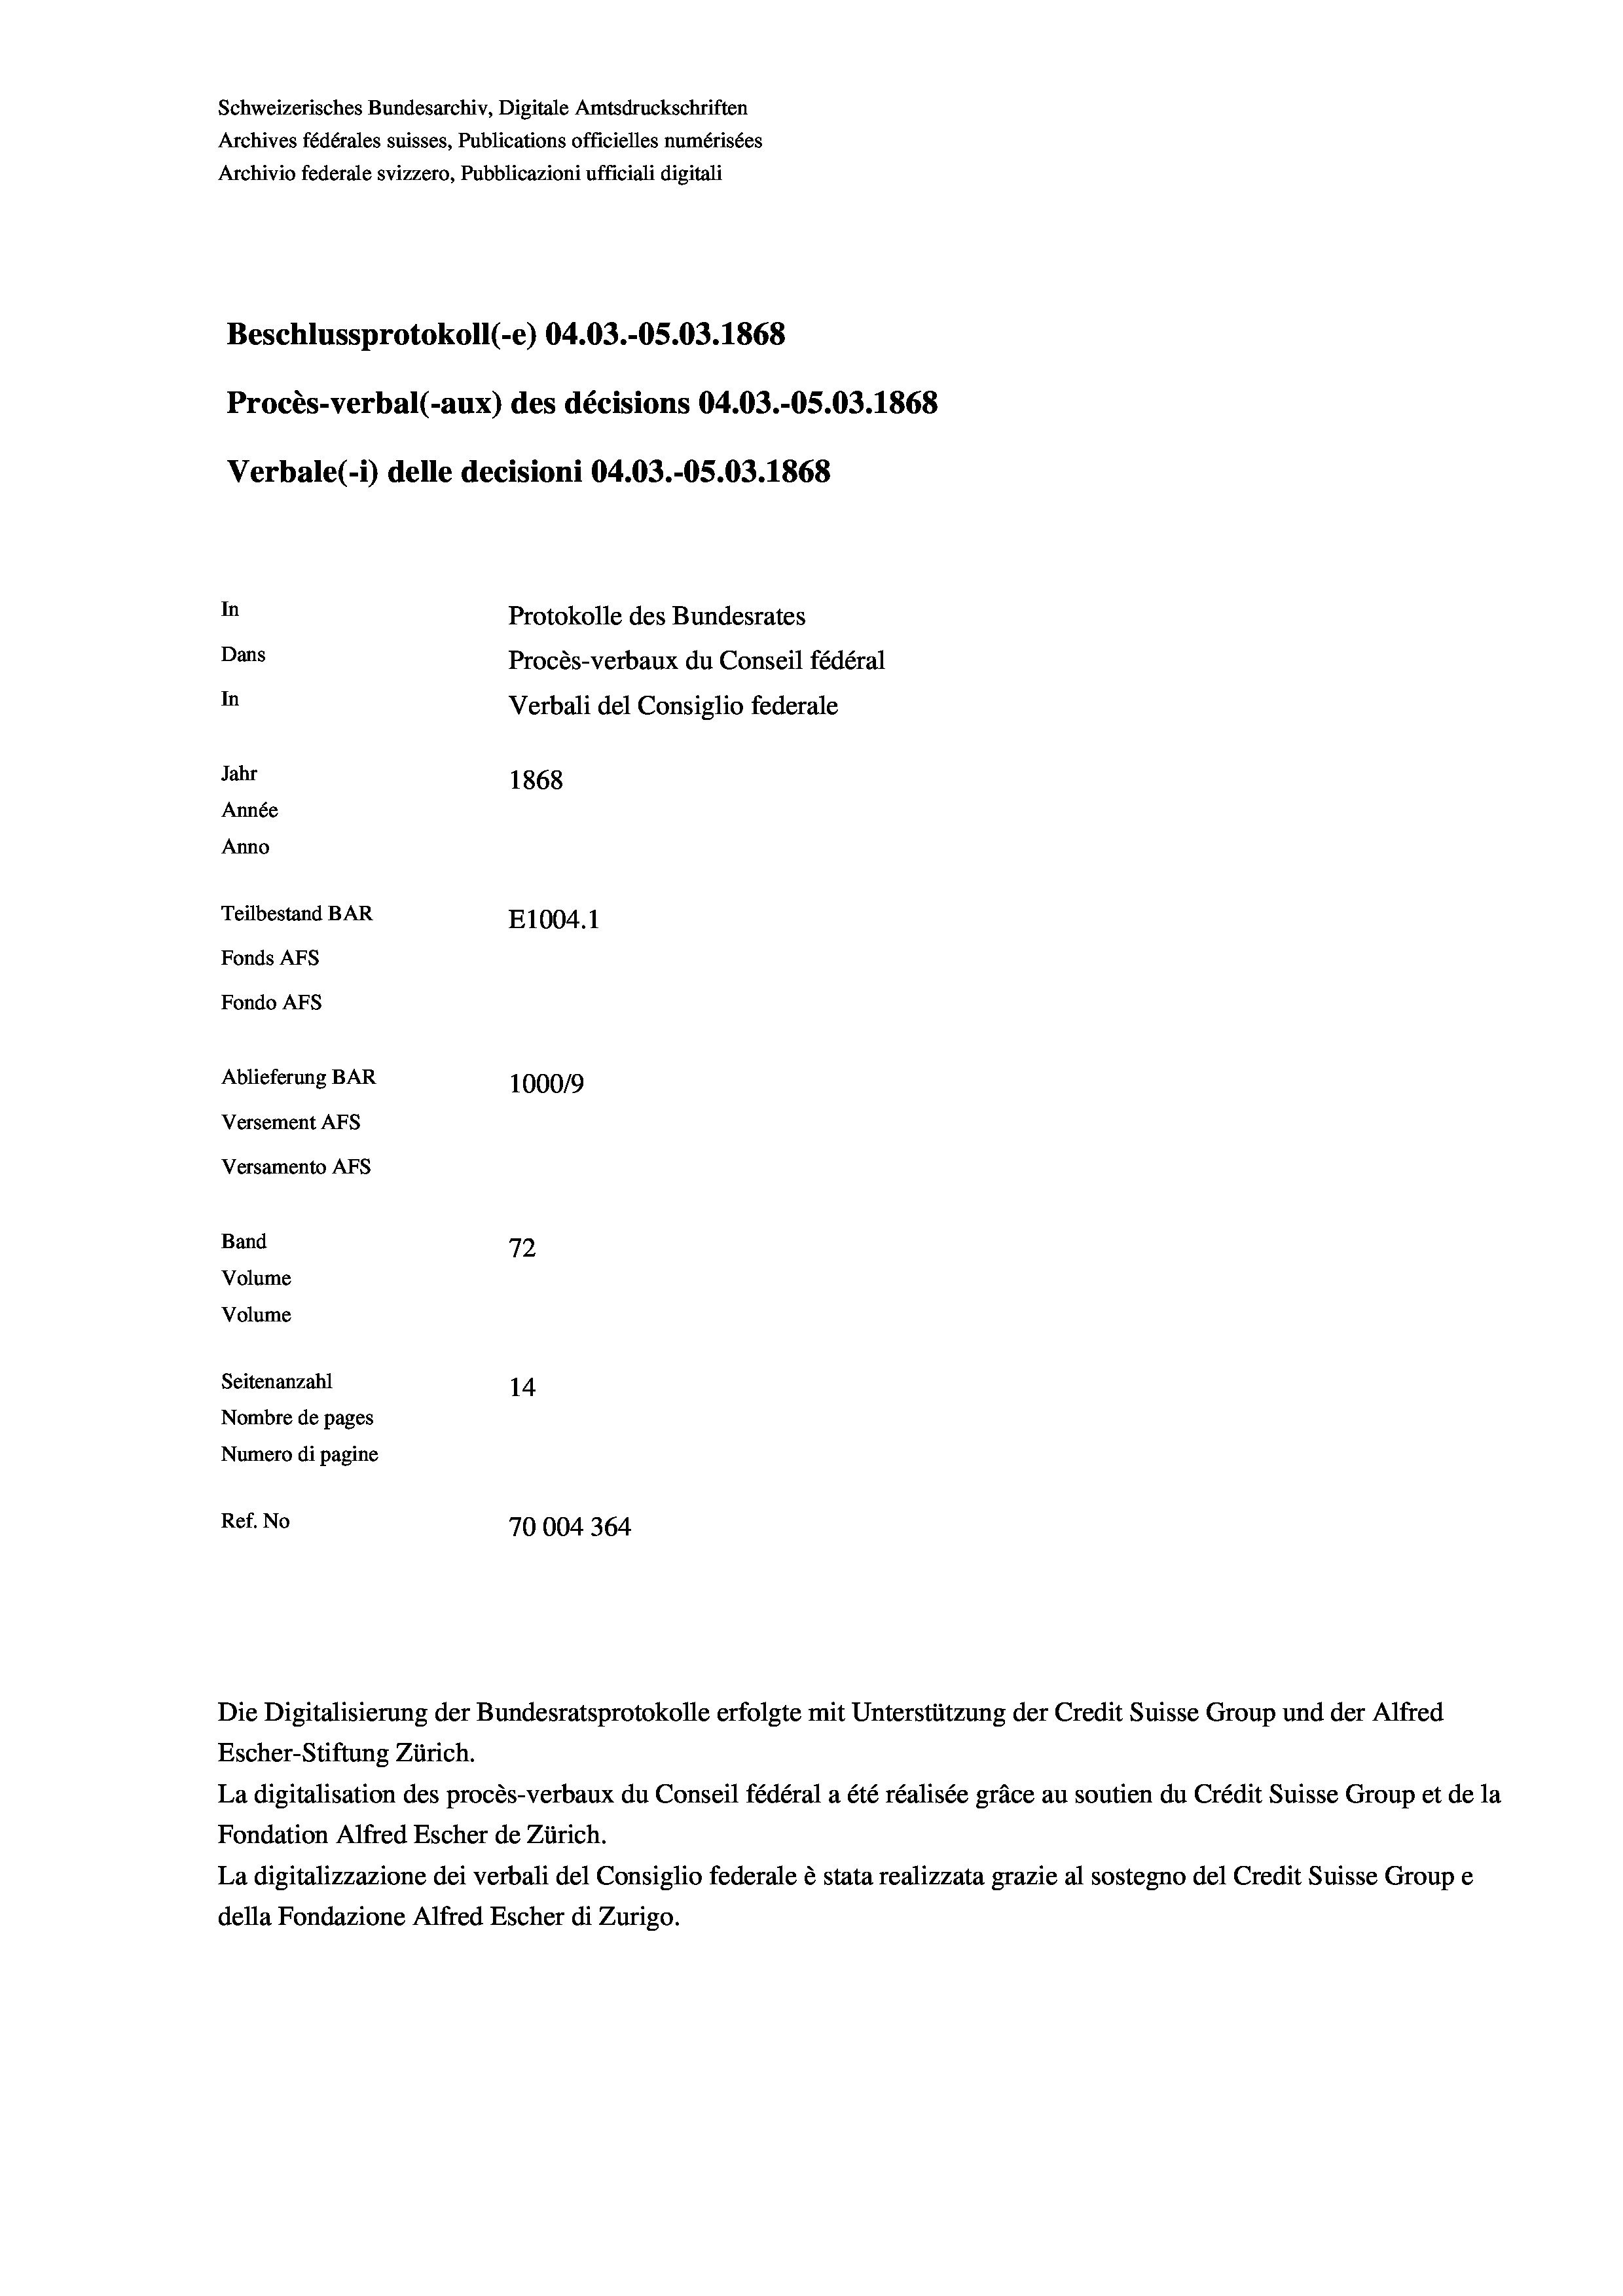
Schweizerisches Bundesarchiv, Digitale Amtsdruckschriften
Archives fédérales suisses, Publications officielles numérisées
Archivio federale svizzero, Pubblicazioni ufficiali digitali
Beschlussprotokoll (-e) 04.03.-05.03. 1868
Procès-verbal (-aux) des décisions 04.03.-OS.03. 1868
Verbale (- 1) delle decisioni 04.03.-O5.03. 1868
In
Protokolle des Bundesrates
Dans
Procès-verbaux du Conseil fédéral
In
Verbali del Consiglio federale
Jahr
1868
Année
Anno
Teilbestand BAR
E1004. 1
Fonds AFs
Fondo Afs
Ablieferung BAR
100019
Versement AFs
Versamento AFs
e
Band
72
Volume
Volume
Seitenanzahl
14
Nombre de pages
Numero di pagine
Ref. No
70004364

La digitalisation des procès-verbaux du Conseil fédéral a été réalisée gräce au soutien du Crédit Suisse Group et de la
Fondation Alfred Escher de Zürich.
La digitalizzazione dei verbali del Consiglio federale è stata realizzata grazie al sostegno del Credit Suisse Groupe
della Fondazione Alfred Escher di Zurigo.

Die Digitalisierung der Bundesratsprotokolle erfolgte mit Unterstützung der Credit Suisse Group und der Alfred
Escher-Stiftung Zürich.